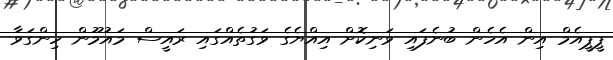
ޕީޕީއެމް އިން އެހެން ބުނެފައި ވަނިކޮށް އިއްޔެގެ ވަގުތެއްގައި ރައީސް މައުމޫން ހިންގަވާ